Lunatic asylums in Bengal annual reports 1888-1898 - 1888-1898
Year: 1888
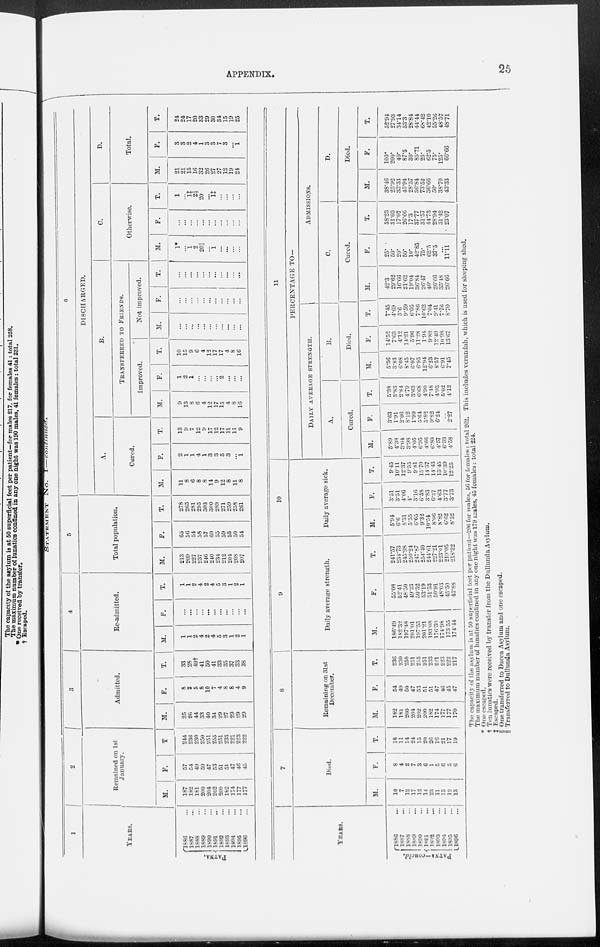
APPENDIX.
25
STATEMENT
No. I—continued.
1
YEARS.
PATNA.
1886 ...
1887 ...
1888 ...
1889 ...
1890 ...
1891 ...
1892 ...
1893 ...
1894 ...
1895 ...
1896 ...
2
Remained on 1st
January.
M.
187
182
181
200
204
202
200
182
174
177
177
F.
57
54
49
50
47
53
51
51
47
46
45
T
244
236
230
250
251
255
251
233
221
223
222
3
Admitted.
M.
25
26
44
33
40
34
29
27
29
29
29
F.
8
2
5
8
10
7
4
8
8
4
9
T.
33
28
49†
41
50
41
33
35
37
33
38
4
Re-admitted.
M.
1
1
2
4
2
4
5
3
1
2
1
F.
...
...
...
...
...
...
...
...
...
...
...
T.
1
1
2
4
2
4
5
3
1
2
1
5
Total population.
M.
213
209
227
237
246
240
234
212
204
208
207
F.
65
50
54
58
57
60
55
59
55
50
54
T.
278
265
281
295
303
300
289
271
259
258
261
6
DISCHARGED.
A.
Cured.
M.
11
8
6
8
8
14
9
12
8
11
8
F.
2
1
1
4
1
3
3
5
3
...
1
T.
13
9
7
12
9
17
12
17
11
11
9
B.
TRANSFERRED TO FRIENDS.
Improved.
M.
9
13
8
6
4
12
17
15
4
8
16
F.
1
2
1
...
...
...
...
2
...
...
...
T.
10
15
9
6
4
12
17
17
4
8
16
Not improved.
M.
...
...
...
...
...
...
...
...
...
...
...
F.
...
...
...
...
...
...
...
...
...
...
T.
...
...
...
...
...
...
...
...
...
...
...
C.
Otherwise.
M.
1*
...
1
2
20 ||
...
1
...
...
...
...
F.
...
...
...
...
...
...
...
...
...
...
...
T.
1
...
1‡
2§
20
...
1‡
...
...
...
...
D.
Total.
M.
21
21
15
16
32
26
27
27
12
19
24
F.
3
3
2
4
1
3
3
7
3
...
1
T.
24
24
17
20
33
29
30
34
15
19
25
YEARS.
PATNA—concld.
1886 ...
1887 ...
1888 ...
1889 ...
1890 ...
1891 ...
1892 ...
1893 ...
1894 ...
1895 ...
1896
...
7
Died.
M.
10
7
12
17
12
14
25 .
11
15
12
13
F.
8
4
2
7
3
6
1
5
6
5
6
T.
18
11
14
24
15
20
26
16
21
17
19
8
Remaining on 31st
December.
M.
182
181
200
204
202
200
182
174
177
177
170
F.
54
49
50
47
53
51
51
47
46
45
47
T.
236
230
250
251
255
251
233
221
223
222
217
9
Daily average strength.
M.
186.49
182.32
197.48
201.01
197.55
201.21
193.08
176.30
174.98
173.55
174.14
F.
55.09
52.41
48.50
49.23
50.32
53.19
51.53
50.91
48.03
45.50
43.88
T.
241.57
234.73
245.98
250.24
247.87
251.10
244.61
227.21
223.61
219.05
218.32
10
Daily average sick.
M.
5.94
6.6
8.31
5.55
6.65
9.32
10.54
8.06
8.82
6.62
8.52
F.
3.51
3.51
4.06
4.
3.16
6.38
3.83
6.37
4.63
3.77
3.73
T.
9.45
10.11
12.37
9.55
9.81
15.70
14.37
14.43
13.45
10.39
12.25
11
PERCENTAGE TO¬
DAILY AVERAGE STRENGTH.
A.
Cured.
M.
5.89
4.38
3.04
3.98
4.05
6.95
4.66
6.80
4.57
6.33
4.58
F.
3.63
1.91
2.06
8.12
1.99
5.64
5.82
9.82
6.24
...
2.27
T.
5.38
3.83
2.84
4.79
3.63
6.68
4.90
7.48
4.93
5.02
4.12
B.
Died.
M.
5.36
3.83
6.08
8.45
6.07
6.95
12.94
6.23
8.57
6.91
7.45
F.
14.52
7.63
4.12
14.21
5.96
11.28
1.94
9.82
12.49
10.98
13.67
T.
7.45
4.69
5.6
9.59
6.05
7.86
10.62
7.04
9.41
7.76
8.70
ADMISSIONS.
C.
Cured.
M.
42.3
29.62
16.66
21.62
19.04
36.84
26.47
40.
26.66
35.48
26.60
F.
25.
50.
20.
50.
10.
42.85
75.
62.5
37.5
...
11.11
T.
38.23
31.03
17.07
26.66
17.3
37.77
31.57
44.73
28.94
31.42
23.07
D.
Died.
M.
38.46
25.92
33.33
45.94
28.57
36.84
73.52
36.66
50.
38.70
43.33
F.
100.
200.
40.
87.5
30.
35.71
25.
62.5
75.
125.
66.66
T.
52.94
27.93
34.14
53.3
28.84
44.44
68.42
42.10
55.26
48.57
48.71
The capacity of the asylum is at 50 superficial feet per patient—206 for males, 56 for females: total 262. This includes verandah, which is used for sleeping shed.
The maximum number of lunatics confined in any one night was 179 males, 45 females: total 224.
* One escaped.
† Ten lunatics were received by transfer from the Dullunda Asylum.
‡ Escaped.
§ One transferred to Dacca Asylum and one escaped.
|| Transferred to Dullunda Asylum.